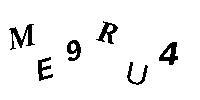
ME9RU4